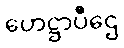
ဟေဋ္ဌာပီဌေ